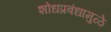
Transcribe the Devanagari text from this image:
शोधप्रबंधामुळे